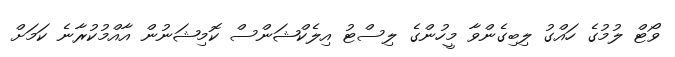
ވޯޓް ލުމުގެ ހައްގު ލިބިގެންވާ މީހުންގެ ލިސްޓު އިލެކްޝަންސް ކޮމިޝަނުން އާއްމުކުރާނެ ކަމަށް